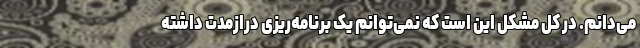
می‌دانم. در کل مشکل این است که نمی‌توانم یک برنامه‌ریزی درازمدت داشته